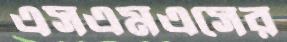
এসএমএসের